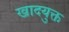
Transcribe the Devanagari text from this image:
खादयुक्त